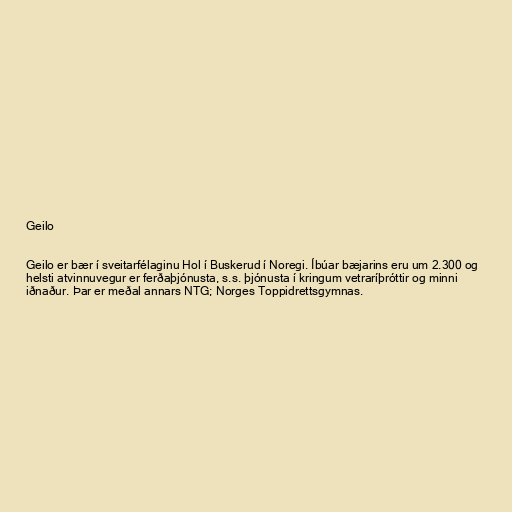
Geilo

Geilo er bær í sveitarfélaginu Hol í Buskerud í Noregi. Íbúar bæjarins eru um 2.300 og
helsti atvinnuvegur er ferðaþjónusta, s.s. þjónusta í kringum vetraríþróttir og minni
iðnaður. Þar er meðal annars NTG; Norges Toppidrettsgymnas.